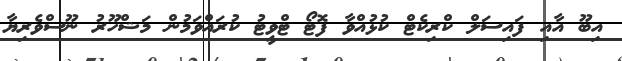
އިބޫ އާއި ފައިސަލް ކްރިކެޓް ކުޅުއްވާ ފޮޓޯ ޓްވީޓު ކުރައްވަމުން މަޝްހޫރު ނޫސްވެރިޔާ